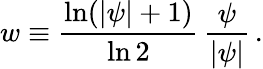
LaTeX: w\equiv\frac{\ln(|\psi|+1)}{\ln 2}\, \frac{\psi}{|\psi|}\, .